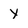
Character: y